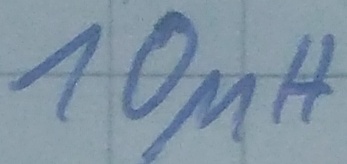
Text: 10µH